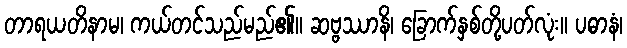
တာရယတိနာမ၊ ကယ်တင်သည်မည်၏။ ဆဗ္ဗဿာနိ၊ ခြောက်နှစ်တို့ပတ်လုံး။ ပဓာနံ၊